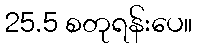
25.5 စတုရန်းပေ။